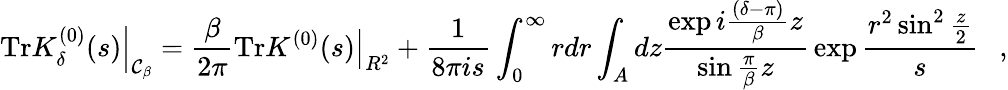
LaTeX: \left.\mathrm{Tr}K_{\delta}^{(0)}(s)\right|_{{\cal C}_{\beta}}={\frac{\beta}{2\pi}}\left.\mathrm{Tr}K^{(0)}(s)\right|_{R^{2}}+{\frac{1}{8\pi is}}\int_{0}^{\infty}rdr\int_{A}dz{\frac{\exp i{\frac{(\delta-\pi)}{\beta}}z}{\sin{\frac{\pi}{\beta}}z}}\exp{\frac{r^{2}\sin^{2}{\frac{z}{2}}}{s}}~~~,